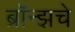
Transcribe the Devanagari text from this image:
ब्राॅन्झचे